Medical and sanitary report on the native army of Bombay for the year
Year: 1879
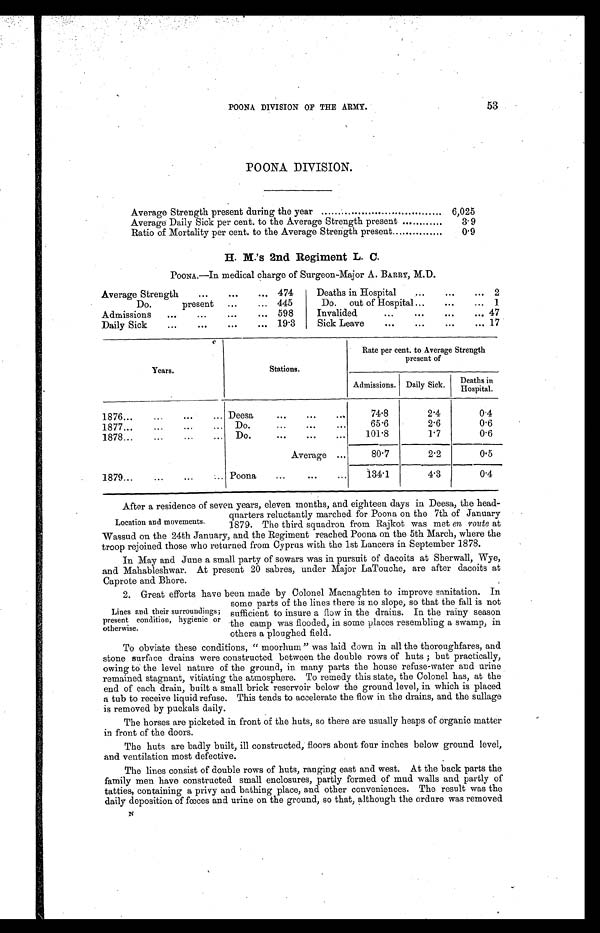
POONA DIVISION OF THE ARMY.
53
POONA DIVISION.
Average Strength present during the year
6,025
Average Daily Sick per cent. to the Average Strength present
3.9
Ratio of Mortality per cent. to the Average Strength present
0.9
H. M.'s 2nd Regiment L. C.
POONA.—In medical charge of Surgeon-Major A. BARRY, M.D.
Average Strength
474
Deaths in Hospital
2
Do. present
445
Do. out of Hospital
1
Admissions
598
Invalided
47
Daily Sick
19.3
Sick Leave
17
Years.
Stations.
Rate per cent. to Average Strength
present of
Admissions. Daily Sick.
Deaths in
Hospi t al
1876
Deesa
74.8
2.4
0.4
1877
Do.
65.6
2.6
0.6
1878
Do.
101.8
1.7
0.6
Average
80.7
2.2
0.5
1879
Poona
134.1
4.3
0.4
After a residence of seven years, eleven months, and eighteen days in Deesa, the head
-quarters reluctantly marched for Poona on the 7th of January
1879. The third squadron from Rajkot was met en route at
Wassud on the 24th January, and the Regiment reached Poona on the 5th March, where the
troop rejoined those who returned from Cyprus with the 1st Lancers in September 1878.
In May and June a small party of sowars was in pursuit of dacoits at Sherwall, Wye,
and Mahableshwar. At present 20 sabres, under Major LaTouche, are after dacoits at
Caprote and Bhore.
2. Great efforts have been made by Colonel Macnaghten to improve sanitation. In
some parts of the lines there is no slope, so that the fall is not
sufficient to insure a flow in the drains. In the rainy season
the camp was flooded, in some places resembling a swamp, in
others a ploughed field.
To obviate these conditions, "moorhum" was laid down in all the thoroughfares, and
stone surface drains were constructed between the double rows of huts; but practically,
owing to the level nature of the ground, in many parts the house refuse-water and urine
remained stagnant, vitiating the atmosphere. To remedy this state, the Colonel has, at the
end of each drain, built a small brick reservoir below the ground level, in which is placed
a tub to receive liquid refuse. This tends to accelerate the flow in the drains, and the sullage
is removed by puckals daily.
The horses are picketed in front of the huts, so there are usually heaps of organic matter
in front of the doors.
The huts are badly built, ill constructed, floors about four inches below ground level,
and ventilation most defective.
The lines consist of double rows of huts, ranging east and west. At the back parts the
family men have constructed small enclosures, partly formed of mud walls and partly of
tatties, containing a privy and bathing place, and other conveniences. The result was the
daily deposition of fœces and urine on the ground, so that, although the ordure was removed
N
Location and movements.
Lines and their surroundings;
present condition, hygienic or
otherwise.